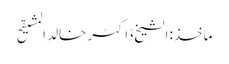
ماخذ: الشیخ ڈاکٹر خالد المشیقح